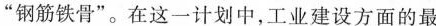
”钢筋铁骨”。在这一计划中，工业建设方面的最